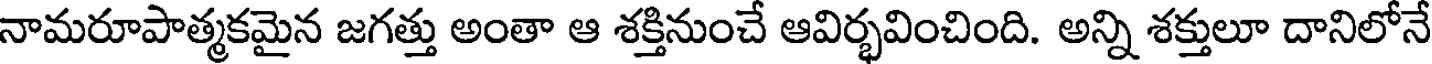
నామరూపాత్మకమైన జగత్తు అంతా ఆ శక్తినుంచే ఆవిర్భవించింది. అన్ని శక్తులూ దానిలోనే